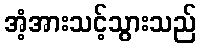
အံ့အားသင့်သွားသည်